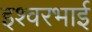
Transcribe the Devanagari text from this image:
इश्वरभाई